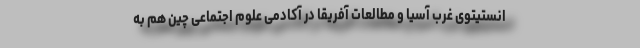
انستیتوی غرب آسیا و مطالعات آفریقا در آکادمی علوم اجتماعی چین هم به